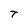
Character: T